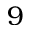
9